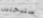
ستدخلين